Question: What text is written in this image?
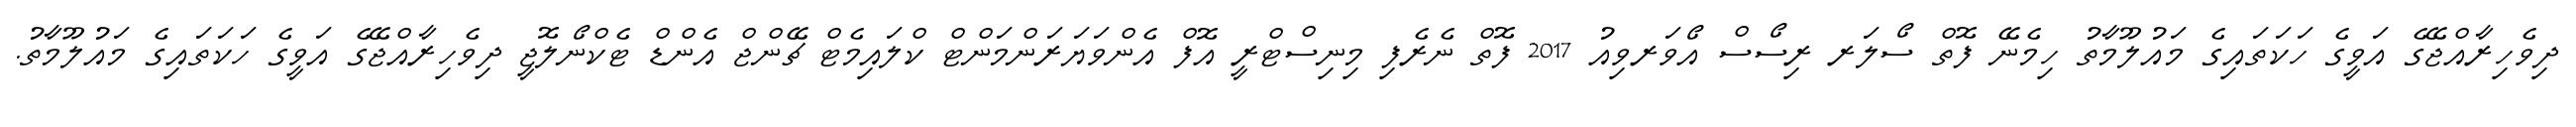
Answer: ދިވެހިރާއްޖޭގެ އަވީގެ ހަކަތައިގެ މައުލޫމާތު ހިމެނޭ ފޮތް ސޯލަރ ރިސޯސް އޯވަރވިއު 2017 ފޮތް ނެރެފި މިނިސްޓްރީ އޮފް އެންވަޔަރަންމަންޓް ކްލައިމެޓް ޗޭންޖް އެންޑް ޓެކްނޯލޮޖީ ދިވެހިރާއްޖޭގެ އަވީގެ ހަކަތައިގެ މައުލޫމާތު.